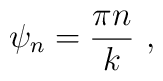
\psi_{n} = {\pi n\over k}\ ,